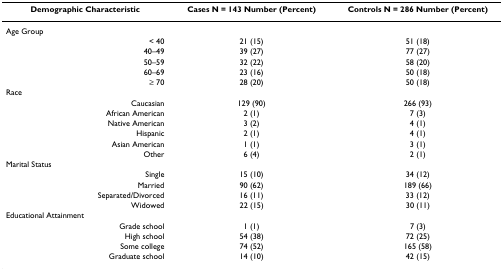
<table><thead><tr><td><b>Demographic Characteristic</b></td><td><b>Cases N = 143 Number (Percent)</b></td><td><b>Controls N = 286 Number (Percent)</b></td></tr></thead><tbody><tr><td colspan="3">Age Group</td></tr><tr><td>&lt; 40</td><td>21 (15)</td><td>51 (18)</td></tr><tr><td>40–49</td><td>39 (27)</td><td>77 (27)</td></tr><tr><td>50–59</td><td>32 (22)</td><td>58 (20)</td></tr><tr><td>60–69</td><td>23 (16)</td><td>50 (18)</td></tr><tr><td>≥ 70</td><td>28 (20)</td><td>50 (18)</td></tr><tr><td colspan="3">Race</td></tr><tr><td>Caucasian</td><td>129 (90)</td><td>266 (93)</td></tr><tr><td>African American</td><td>2 (1)</td><td>7 (3)</td></tr><tr><td>Native American</td><td>3 (2)</td><td>4 (1)</td></tr><tr><td>Hispanic</td><td>2 (1)</td><td>4 (1)</td></tr><tr><td>Asian American</td><td>1 (1)</td><td>3 (1)</td></tr><tr><td>Other</td><td>6 (4)</td><td>2 (1)</td></tr><tr><td colspan="3">Marital Status</td></tr><tr><td>Single</td><td>15 (10)</td><td>34 (12)</td></tr><tr><td>Married</td><td>90 (62)</td><td>189 (66)</td></tr><tr><td>Separated/Divorced</td><td>16 (11)</td><td>33 (12)</td></tr><tr><td>Widowed</td><td>22 (15)</td><td>30 (11)</td></tr><tr><td colspan="3">Educational Attainment</td></tr><tr><td>Grade school</td><td>1 (1)</td><td>7 (3)</td></tr><tr><td>High school</td><td>54 (38)</td><td>72 (25)</td></tr><tr><td>Some college</td><td>74 (52)</td><td>165 (58)</td></tr><tr><td>Graduate school</td><td>14 (10)</td><td>42 (15)</td></tr></tbody></table>